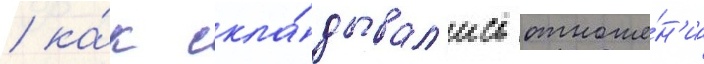
/ ка́к скла́дывал'ись отноше́н'иа